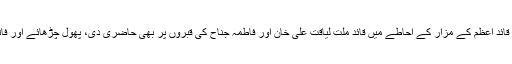
وزیراعظم نے قائد اعظم کے مزار کے احاطے میں قائد ملت لیاقت علی خان اور فاطمہ جناح کی قبروں پر بھی حاضری دی، پھول چڑھائے اور فاتحہ خوانی کی۔